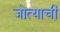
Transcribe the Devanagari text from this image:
जोत्याची